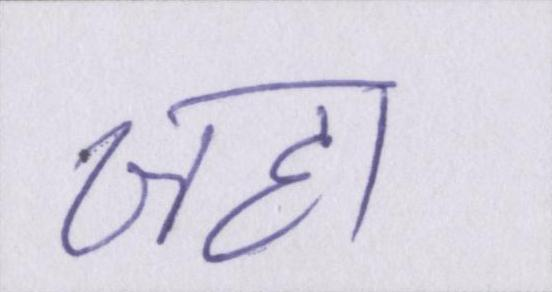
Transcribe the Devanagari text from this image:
जहा